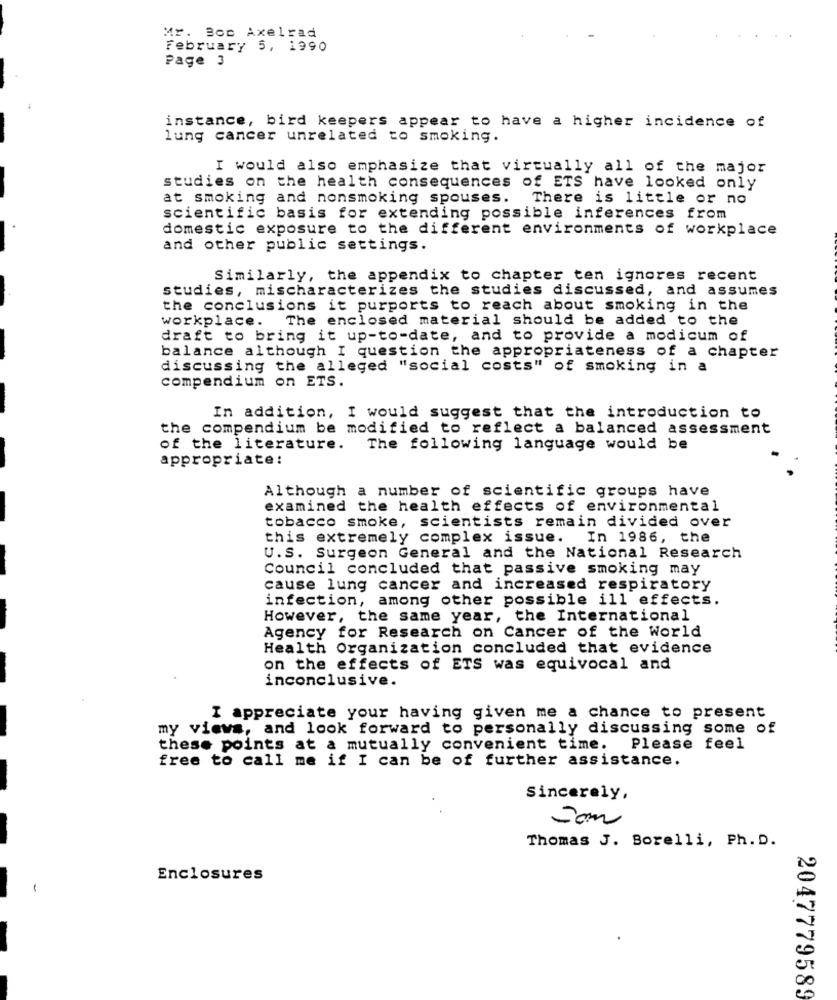
Mr. Boc Axelrad
February 5, 1990
Page 3
instance, bird keepers appear to have a higher incidence of
lung cancer unrelated to smoking.
I would also emphasize that virtually all of the major
studies on the health consequences of ETS have looked only
at smoking and nonsmoking spouses.
There is little or no
scientific basis for extending possible inferences from
domestic exposure to the different environments of workplace
and other public settings.
Similarly, the appendix to chapter ten ignores recent
studies, mischaracterizes the studies discussed, and assumes
the conclusions it purports to reach about smoking in the
workplace.
The enclosed material should be added to the
draft to bring it up-to-date, and to provide a modicum of
balance although I question the appropriateness of a chapter
discussing the alleged "social costs" of smoking in a
compendium on ETS.
In addition, I would suggest that the introduction to
the compendium be modified to reflect a balanced assessment
of the literature.
The following language would be
appropriate:
Although a number of scientific groups have
examined the health effects of environmental
tobacco smoke, scientists remain divided over
this extremely complex issue. In 1986, the
U.S. Surgeon General and the National Research
Council concluded that passive smoking may
cause lung cancer and increased respiratory
infection, among other possible ill effects.
However, the same year, the International
Agency for Research on Cancer of the World
Health Organization concluded that evidence
on the effects of ETS was equivocal and
inconclusive.
I appreciate your having given me a chance to present
my views, and look forward to personally discussing some of
these points at a mutually convenient time.
Please feel
free to call me if I can be of further assistance.
Sincerely,
Som
Thomas J. Borelli, Ph. D.
Enclosures
-
2047779589